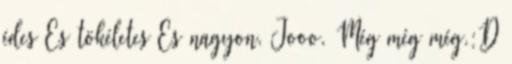
édes Es tökéletes Es nagyon. Jooo. Még még még.:D